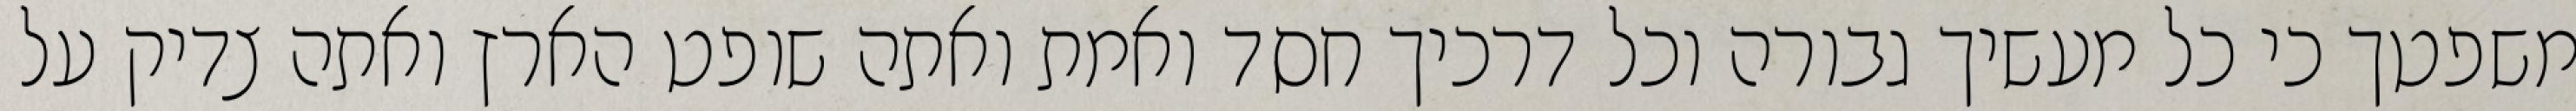
משפטך כי כל מעשיך גבורה וכל דרכיך חסד ואמת ואתה שופט הארץ ואתה צדיק על